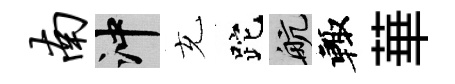
南冲充跎航輙華